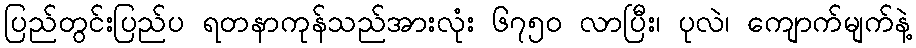
ပြည်တွင်းပြည်ပ ရတနာကုန်သည်အားလုံး ၆၇၅ဝ လာပြီး၊ ပုလဲ၊ ကျောက်မျက်နဲ့